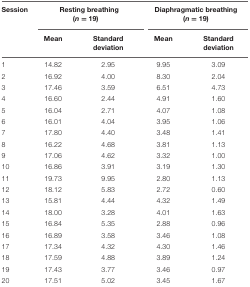
<table><thead><tr><td><b>Session</b></td><td colspan="2"><b>Resting breathing (<i>n</i> = 19)</b></td><td colspan="2"><b>Diaphragmatic breathing (<i>n</i> = 19)</b></td></tr><tr><td></td><td><b>Mean</b></td><td><b>Standard deviation</b></td><td><b>Mean</b></td><td><b>Standard deviation</b></td></tr></thead><tbody><tr><td>1</td><td>14.82</td><td>2.95</td><td>9.95</td><td>3.09</td></tr><tr><td>2</td><td>16.92</td><td>4.00</td><td>8.30</td><td>2.04</td></tr><tr><td>3</td><td>17.46</td><td>3.59</td><td>6.51</td><td>4.73</td></tr><tr><td>4</td><td>16.60</td><td>2.44</td><td>4.91</td><td>1.60</td></tr><tr><td>5</td><td>16.04</td><td>2.71</td><td>4.07</td><td>1.08</td></tr><tr><td>6</td><td>16.01</td><td>4.04</td><td>3.95</td><td>1.06</td></tr><tr><td>7</td><td>17.80</td><td>4.40</td><td>3.48</td><td>1.41</td></tr><tr><td>8</td><td>16.22</td><td>4.68</td><td>3.81</td><td>1.13</td></tr><tr><td>9</td><td>17.06</td><td>4.62</td><td>3.32</td><td>1.00</td></tr><tr><td>10</td><td>16.86</td><td>3.91</td><td>3.19</td><td>1.30</td></tr><tr><td>11</td><td>19.73</td><td>9.95</td><td>2.80</td><td>1.13</td></tr><tr><td>12</td><td>18.12</td><td>5.83</td><td>2.72</td><td>0.60</td></tr><tr><td>13</td><td>15.81</td><td>4.44</td><td>4.32</td><td>1.49</td></tr><tr><td>14</td><td>18.00</td><td>3.28</td><td>4.01</td><td>1.63</td></tr><tr><td>15</td><td>16.84</td><td>5.35</td><td>2.88</td><td>0.96</td></tr><tr><td>16</td><td>16.89</td><td>3.58</td><td>3.46</td><td>1.08</td></tr><tr><td>17</td><td>17.34</td><td>4.32</td><td>4.30</td><td>1.46</td></tr><tr><td>18</td><td>17.59</td><td>4.88</td><td>3.89</td><td>1.24</td></tr><tr><td>19</td><td>17.43</td><td>3.77</td><td>3.46</td><td>0.97</td></tr><tr><td>20</td><td>17.51</td><td>5.02</td><td>3.45</td><td>1.67</td></tr></tbody></table>